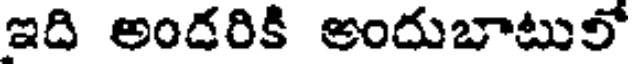
ఇది అందరికి అందుబాటులో